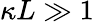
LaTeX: \kappa L\gg 1